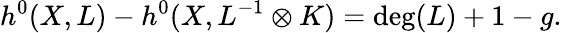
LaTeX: h^{0}(X,L)-h^{0}(X,L^{-1}\otimes K)=\deg(L)+1-g.